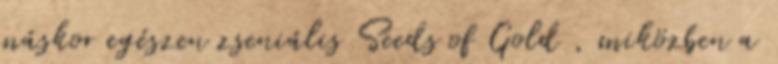
máskor egészen zseniális Seeds of Gold , miközben a